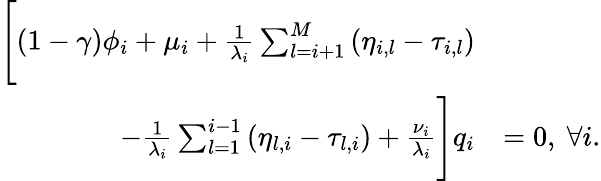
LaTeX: \begin{array}{rl}{\Bigg[(1-\gamma)\phi_{i}+\mu_{i}+\frac{1}{\lambda_{i}}\sum_{l=i+1}^{M}\left(\eta_{i,l}-\tau_{i,l}\right)}&{}\\ {-\frac{1}{\lambda_{i}}\sum_{l=1}^{i-1}\left(\eta_{l,i}-\tau_{l,i}\right)+\frac{\nu_{i}}{\lambda_{i}}\Bigg]q_{i}}&{=0,~\forall i.}\end{array}